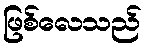
ဖြစ်လေသည်